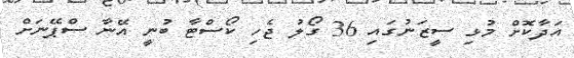
އަދާކޮށް މުޅި ސީޒަނުގައި 36 ގޯލު ޖެހި ކޯސްޓާ ބުނީ އޭނާ ސްޕޭނަށް